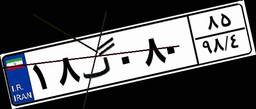
۱۸گ۰۸۰۸۵